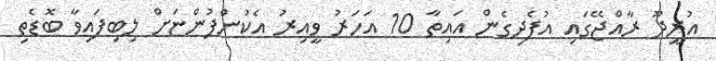
އުރީދޫ ރާއްޖޭގައި އުފެދިގެން އައިތާ 10 އަހަރު ވީއިރު އެކުންފުންޏަށް ލިބިފައިވާ ބޮޑެތި